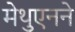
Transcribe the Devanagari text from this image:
मेथुएनने